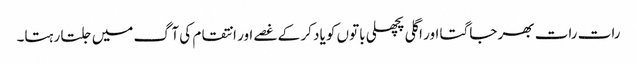
رات رات بھر جاگتا اور اگلی پچھلی باتوں کو یاد کر کے غصے اور انتقام کی آگ میں جلتا رہتا۔